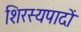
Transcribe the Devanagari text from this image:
शिरस्यपादों